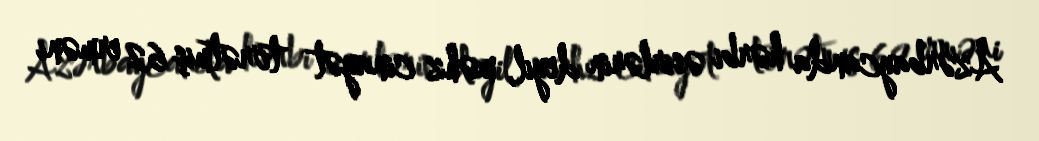
Azərbaycanda hərbi əsirlərin deyil, məhz cinayət törətmiş 62 erməni